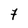
Character: 7